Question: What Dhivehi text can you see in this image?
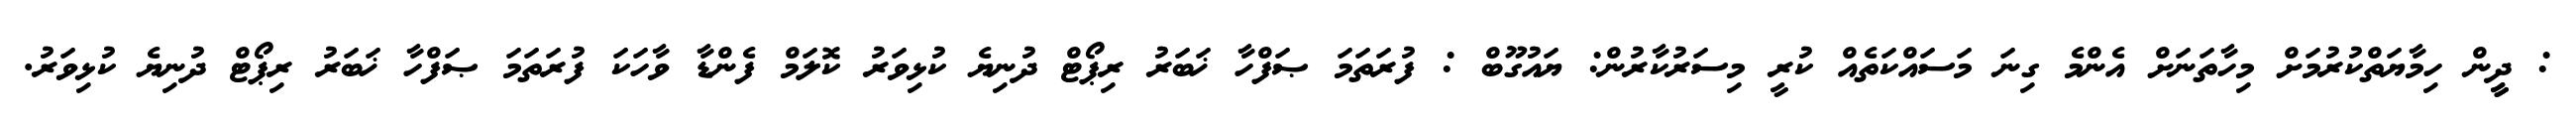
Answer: : ދީީން ހިމާޔަތްކުރުމަށް މިހާތަނަށް އެންމެ ގިނަ މަސައްކަތެއް ކުރީ މިސަރުކާރުން: ޔައުގޫބް : ފުރަތަމަ ޞަފްހާ ޚަބަރު ރިޕޯޓް ދުނިޔެ ކުޅިވަރު ކޮލަމް ފެންޑާ ވާހަކަ ފުރަތަމަ ޞަފްހާ ޚަބަރު ރިޕޯޓް ދުނިޔެ ކުޅިވަރު.